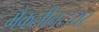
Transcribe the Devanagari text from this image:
मैकलीनटायर